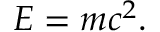
E = m c ^ { 2 } .